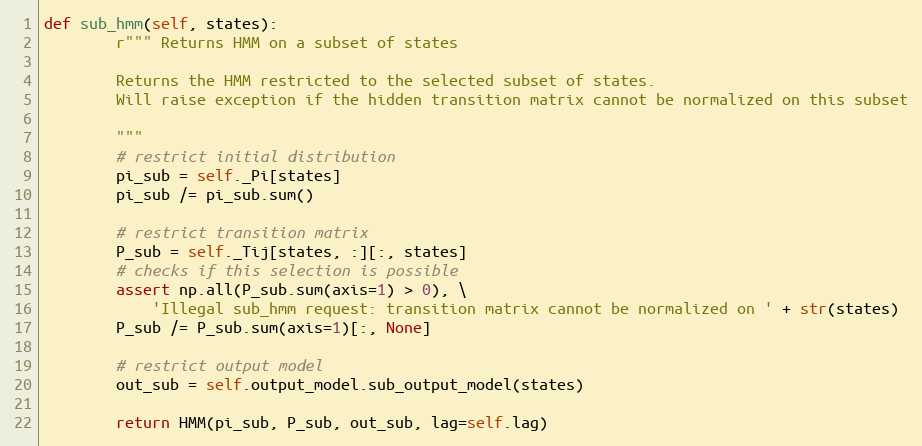
Language: Python
def sub_hmm(self, states):
        r""" Returns HMM on a subset of states

        Returns the HMM restricted to the selected subset of states.
        Will raise exception if the hidden transition matrix cannot be normalized on this subset

        """
        # restrict initial distribution
        pi_sub = self._Pi[states]
        pi_sub /= pi_sub.sum()

        # restrict transition matrix
        P_sub = self._Tij[states, :][:, states]
        # checks if this selection is possible
        assert np.all(P_sub.sum(axis=1) > 0), \
            'Illegal sub_hmm request: transition matrix cannot be normalized on ' + str(states)
        P_sub /= P_sub.sum(axis=1)[:, None]

        # restrict output model
        out_sub = self.output_model.sub_output_model(states)

        return HMM(pi_sub, P_sub, out_sub, lag=self.lag)